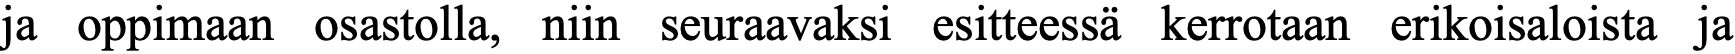
ja oppimaan osastolla, niin seuraavaksi esitteessä kerrotaan erikoisaloista ja